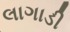
લાગાડી